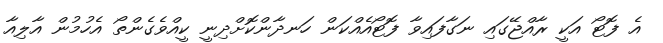
އެ ފޮޓޯ އަކީ ރާއްޖޭގައި ނަގާފައިވާ ފޮޓޯއެއްކަން ހަނދާންކޮށްދިނީ ކީއްވެގެންތޯ އެހުމުން އާލިއާ